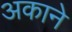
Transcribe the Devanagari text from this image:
अकाने